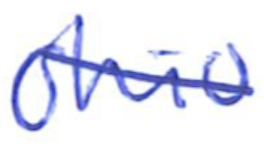
Text: Ohio
Cross-out: diagonal
Writing tool: ballpoint